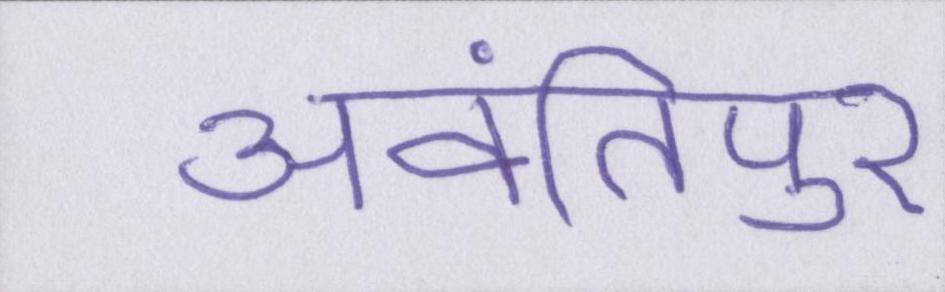
अवंतिपुर